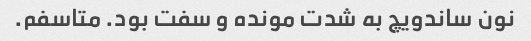
نون ساندویچ به شدت مونده و سفت بود. متاسفم.